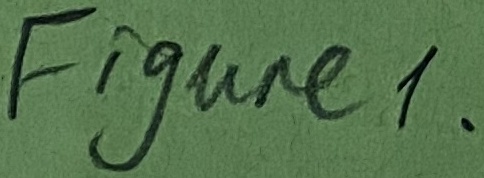
Text: Figure1